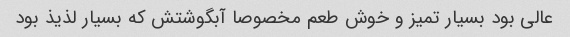
عالی بود بسیار تمیز و خوش طعم مخصوصا آبگوشتش که بسیار لذیذ بود